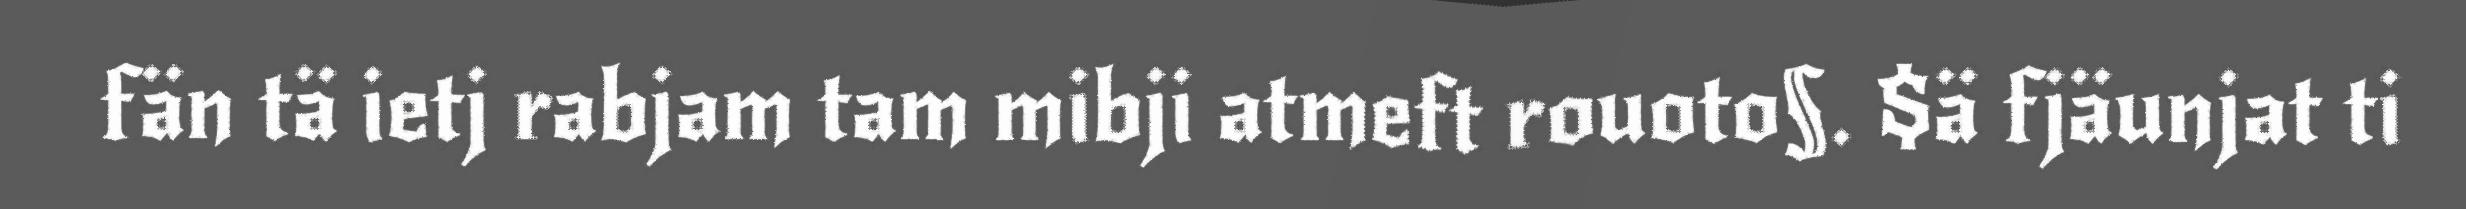
fän tä ietj rabjam tam mibji atmeft rouoto§. $ä fjäunjat ti